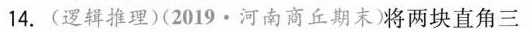
14.(逻辑推理)(2019·河南商丘期末)将两块直角三